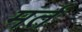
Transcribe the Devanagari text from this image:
मर्त